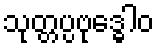
သုတ္တပ္ပဗုဒ္ဓေါဝ